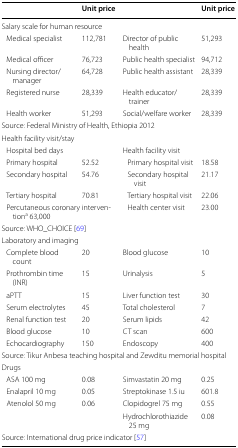
<table><thead><tr><td></td><td><b>Unit price</b></td><td></td><td><b>Unit price</b></td></tr></thead><tbody><tr><td colspan="4">Salary scale for human resource</td></tr><tr><td> Medical specialist</td><td>112,781</td><td>Director of public health</td><td>51,293</td></tr><tr><td> Medical officer</td><td>76,723</td><td>Public health specialist</td><td>94,712</td></tr><tr><td> Nursing director/manager</td><td>64,728</td><td>Public health assistant</td><td>28,339</td></tr><tr><td> Registered nurse</td><td>28,339</td><td>Health educator/trainer</td><td>28,339</td></tr><tr><td> Health worker</td><td>51,293</td><td>Social/welfare worker</td><td>28,339</td></tr><tr><td colspan="4">Source: Federal Ministry of Health, Ethiopia 2012</td></tr><tr><td colspan="4">Health facility visit/stay</td></tr><tr><td> Hospital bed days</td><td></td><td>Health facility visit</td><td></td></tr><tr><td> Primary hospital</td><td>52.52</td><td> Primary hospital visit</td><td>18.58</td></tr><tr><td> Secondary hospital</td><td>54.76</td><td> Secondary hospital visit</td><td>21.17</td></tr><tr><td> Tertiary hospital</td><td>70.81</td><td> Tertiary hospital visit</td><td>22.06</td></tr><tr><td colspan="2"> Percutaneous coronary intervention<sup>a</sup> 63,000</td><td> Health center visit</td><td>23.00</td></tr><tr><td colspan="4">Source: WHO_CHOICE [69]</td></tr><tr><td colspan="4">Laboratory and imaging</td></tr><tr><td> Complete blood count</td><td>20</td><td>Blood glucose</td><td>10</td></tr><tr><td> Prothrombin time (INR)</td><td>15</td><td>Urinalysis</td><td>5</td></tr><tr><td> aPTT</td><td>15</td><td>Liver function test</td><td>30</td></tr><tr><td> Serum electrolytes</td><td>45</td><td>Total cholesterol</td><td>7</td></tr><tr><td> Renal function test</td><td>20</td><td>Serum lipids</td><td>42</td></tr><tr><td> Blood glucose</td><td>10</td><td>CT scan</td><td>600</td></tr><tr><td> Echocardiography</td><td>150</td><td>Endoscopy</td><td>400</td></tr><tr><td colspan="4">Source: Tikur Anbesa teaching hospital and Zewditu memorial hospital</td></tr><tr><td colspan="4">Drugs</td></tr><tr><td> ASA 100 mg</td><td>0.08</td><td>Simvastatin 20 mg</td><td>0.25</td></tr><tr><td> Enalapril 10 mg</td><td>0.05</td><td>Streptokinase 1.5 iu</td><td>601.8</td></tr><tr><td> Atenolol 50 mg</td><td>0.06</td><td>Clopidogrel 75 mg</td><td>0.55</td></tr><tr><td colspan="2"></td><td>Hydrochlorothiazide 25 mg</td><td>0.08</td></tr><tr><td colspan="4">Source: International drug price indicator [57]</td></tr></tbody></table>